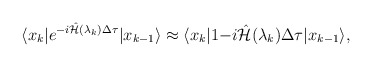
\begin{align*}\langle x_k |e^{-i\hat{{\cal H}}(\lambda_k)\Delta \tau} | x_{k-1} \rangle \approx\langle x_k |1{-i\hat{{\cal H}}(\lambda_k)\Delta \tau} | x_{k-1} \rangle,\end{align*}